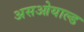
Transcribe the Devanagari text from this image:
असओयाल्ड